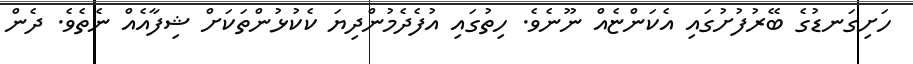
ހަށިގަނޑުގެ ބޭރުފުށުގައި އެކަންޏެއް ނޫނެވެ. ހިތުގައި އުފެދެމުންދިޔަ ކެކުޅުންތަކަށް ޝިފާއެއް ނެތެވެ. ދެން